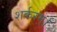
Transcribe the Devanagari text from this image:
शर्करम्।